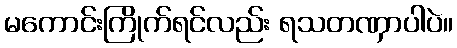
မကောင်းကြိုက်ရင်လည်း ရသတဏှာပါပဲ။